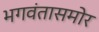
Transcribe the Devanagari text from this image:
भगवंतासमोर